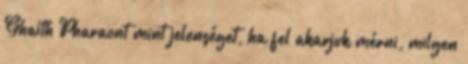
Ghaith Pharaont mint jelenséget, ha fel akarjuk mérni, milyen